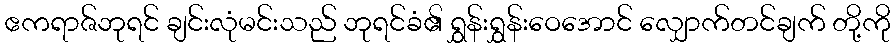
ဧကရာဇ်ဘုရင် ချင်းလုံမင်းသည် ဘုရင်ခံ၏ ရွှန်းရွှန်းဝေအောင် လျှောက်တင်ချက် တို့ကို